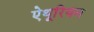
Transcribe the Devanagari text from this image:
ऐथूरियम